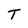
Character: T